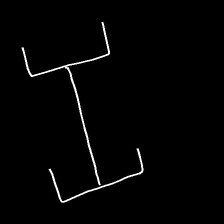
Glyph: entwine